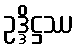
ဥဒ္ဒိဋ္ဌဿ